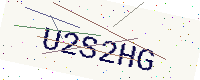
Text: U2S2HG